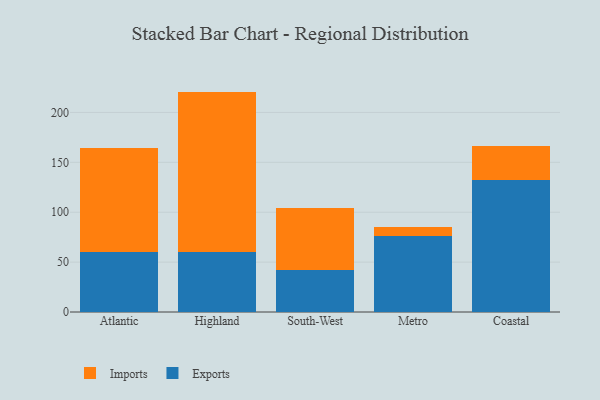
{"axis": {"x": "Region", "y": "Population (Million)"}, "legend": ["Exports", "Imports"], "data": [{"x": "Atlantic", "y": 60.0, "type": "Exports"}, {"x": "Atlantic", "y": 104.6, "type": "Imports"}, {"x": "Highland", "y": 60.1, "type": "Exports"}, {"x": "Highland", "y": 160.8, "type": "Imports"}, {"x": "South-West", "y": 42.3, "type": "Exports"}, {"x": "South-West", "y": 61.7, "type": "Imports"}, {"x": "Metro", "y": 76.6, "type": "Exports"}, {"x": "Metro", "y": 8.3, "type": "Imports"}, {"x": "Coastal", "y": 132.8, "type": "Exports"}, {"x": "Coastal", "y": 33.9, "type": "Imports"}]}